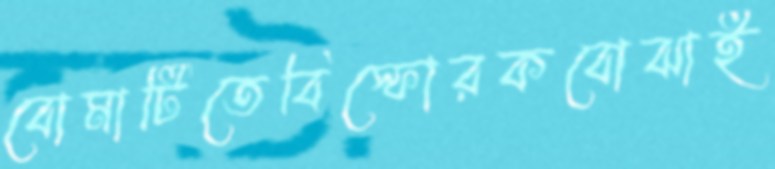
বোমাটিতেবিস্ফোরকবোঝাই